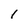
Character: I